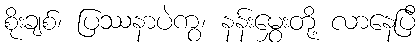
စိုးချစ်၊ ပြဿနာပဲကွ၊ နန်းမွှေးတို့ လာနေပြီ